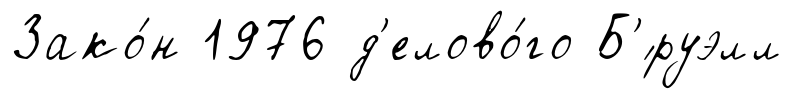
Зако́н 1976 д'елово́го Б'́руэлл